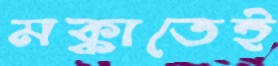
মক্কাতেই